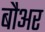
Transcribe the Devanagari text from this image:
बौअर